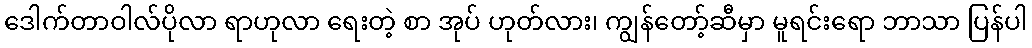
ဒေါက်တာဝါလ်ပိုလာ ရာဟုလာ ရေးတဲ့ စာ အုပ် ဟုတ်လား၊ ကျွန်တော့်ဆီမှာ မူရင်းရော ဘာသာ ပြန်ပါ